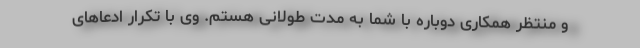
و منتظر همکاری دوباره با شما به مدت طولانی هستم. وی با تکرار ادعاهای